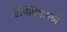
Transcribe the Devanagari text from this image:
ऍनिमियामध्ये